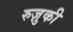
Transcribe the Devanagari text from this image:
रुज़ुकी